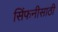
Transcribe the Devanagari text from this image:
सिंफनीसाठी